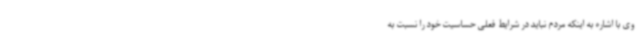
وی با اشاره به اینکه مردم نباید در شرایط فعلی حساسیت خود را نسبت به